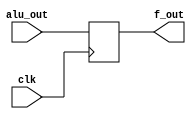
`timescale 1ns / 1ps
//////////////////////////////////////////////////////////////////////////////////
// Company: 
// Engineer: 
// 
// Design Name: 
// Module Name:    flag 
// Project Name: 
// Target Devices: 
// Tool versions: 
// Description: 
//
// Dependencies: 
//
// Revision: 
// Revision 0.01 - File Created
// Additional Comments: 
//
//////////////////////////////////////////////////////////////////////////////////
module flag ( clk, alu_out , f_out );
input  alu_out,clk;
output f_out;

reg fl;

always@(posedge clk)
 fl <= alu_out;
 
assign f_out = fl;

endmodule